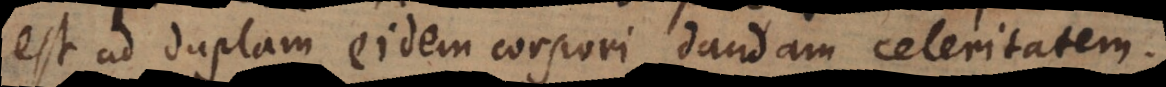
est ad duplam eidem corpori dandam celeritatem.